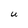
Character: U